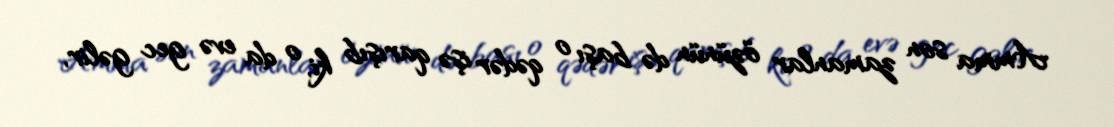
Amma son zamanlar özünün də başı o qədər işə qarışıb ki, o da evə gec gəlir,